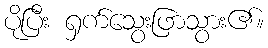
ပိုပြီး ရှက်သွေးဖြာသွား၏။